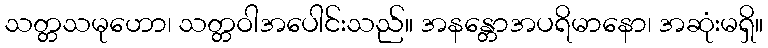
သတ္တသမုဟော၊ သတ္တဝါအပေါင်းသည်။ အနန္တောအပရိမာနော၊ အဆုံးမရှိ။